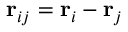
\mathbf { r } _ { i j } = \mathbf { r } _ { i } - \mathbf { r } _ { j }